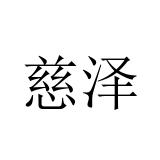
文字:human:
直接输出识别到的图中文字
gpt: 慈泽